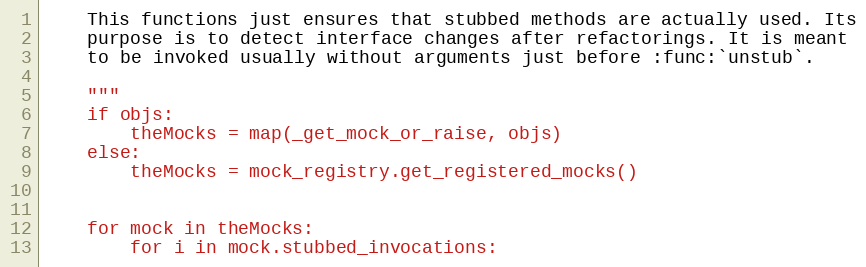
Language: Python
    This functions just ensures that stubbed methods are actually used. Its
    purpose is to detect interface changes after refactorings. It is meant
    to be invoked usually without arguments just before :func:`unstub`.

    """
    if objs:
        theMocks = map(_get_mock_or_raise, objs)
    else:
        theMocks = mock_registry.get_registered_mocks()

    for mock in theMocks:
        for i in mock.stubbed_invocations: